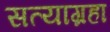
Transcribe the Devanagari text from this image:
सत्याग्रहा